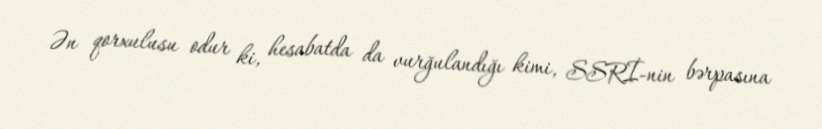
Ən qorxulusu odur ki, hesabatda da vurğulandığı kimi, SSRİ-nin bərpasına